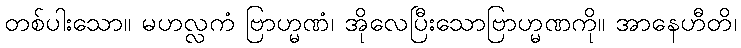
တစ်ပါးသော။ မဟလ္လကံ ဗြာဟ္မဏံ၊ အိုလေပြီးသောဗြာဟ္မဏကို။ အာနေဟီတိ၊